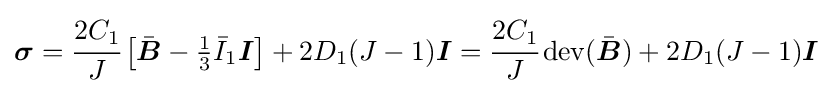
{\boldsymbol {\sigma }}={\cfrac {2C_{1}}{J}}\left[{\bar {\boldsymbol {B}}}-{\tfrac {1}{3}}{\bar {I}}_{1}{\boldsymbol {I}}\right]+2D_{1}(J-1){\boldsymbol {I}}={\cfrac {2C_{1}}{J}}\operatorname {dev} ({\bar {\boldsymbol {B}}})+2D_{1}(J-1){\boldsymbol {I}}